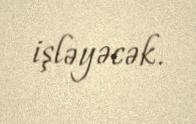
işləyəcək.